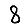
Digit: 8